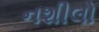
નશીલો